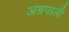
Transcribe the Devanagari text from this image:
अम्रपाली